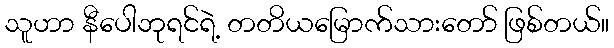
သူဟာ နီပေါဘုရင်ရဲ့ တတိယမြောက်သားတော် ဖြစ်တယ်။